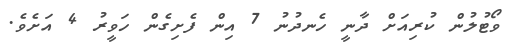
ވޯޓުލުން ކުރިއަށް ދާނީ ހެނދުނު 7 އިން ފެށިގެން ހަވީރު 4 އަށެވެ.